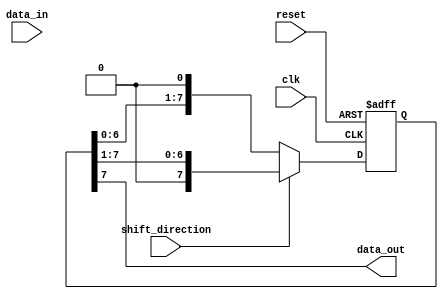
module bidirectional_shift_register (
  input wire clk,
  input wire reset,
  input wire shift_direction,
  input wire data_in,
  output wire data_out
);

parameter NUM_BITS = 8; // Number of bits in the shift register

reg [NUM_BITS-1:0] register;

always @(posedge clk or posedge reset) begin
  if (reset) begin
    register <= 0;
  end else begin
    if (shift_direction) begin
      register <= {1'b0, register[NUM_BITS-1:1]}; // Right shift
    end else begin
      register <= {register[NUM_BITS-2:0], 1'b0}; // Left shift
    end
  end
end

assign data_out = register[NUM_BITS-1]; // Output the last bit of the register

endmodule